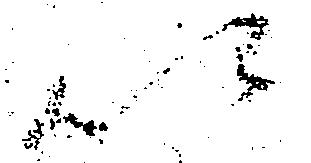
以